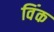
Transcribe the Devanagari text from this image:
विंक